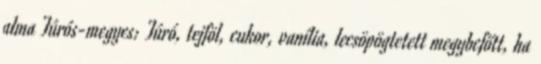
alma Túrós-megyes: Túró, tejföl, cukor, vanília, lecsöpögtetett megybefőtt, ha